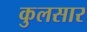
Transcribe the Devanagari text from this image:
कुलसार